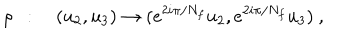
\rho ~ ~ : \quad ( u _ { 2 } , u _ { 3 } ) \to ( e ^ { 2 i \pi / N _ { f } } u _ { 2 } , e ^ { 2 i \pi / N _ { f } } u _ { 3 } ) ~ ,